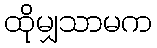
ထိုမျှသာမက